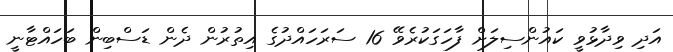
އަދި ވިދާޅުވީ ކައުންސިލަށް ފާހަގަކުރެވޭ 16 ސަރަހައްދުގެ އިތުރުން ދެން ޑަސްބިން ބަހައްޓާނީ